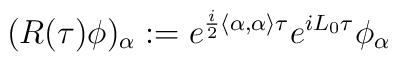
(R(\tau )\phi )_{\alpha }:=e^{\frac{i}{2}\left\langle \alpha ,\alpha\right\rangle \tau }e^{iL_{0}\tau }\phi _{\alpha }